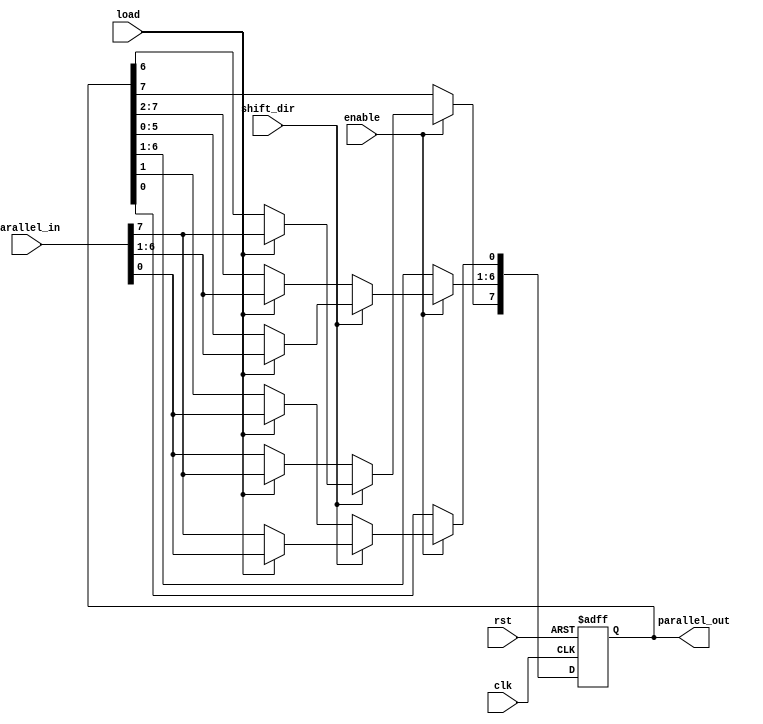
module UniversalShiftRegister (
    input clk,
    input rst,
    input shift_dir, // 0: shift right, 1: shift left
    input [7:0] parallel_in,
    input enable,
    input load,
    output reg [7:0] parallel_out
);

reg [7:0] data_reg;

always @(posedge clk or posedge rst) begin
    if (rst) begin
        data_reg <= 8'b0;
    end else begin
        if (enable) begin
            if (shift_dir == 1) begin
                if (load) begin
                    data_reg <= parallel_in;
                end else begin
                    data_reg <= data_reg << 1;
                    data_reg[0] <= parallel_in[7];
                end
            end else begin
                if (load) begin
                    data_reg <= parallel_in;
                end else begin
                    data_reg <= data_reg >> 1;
                    data_reg[7] <= parallel_in[0];
                end
            end
        end
    end
end

assign parallel_out = data_reg;

endmodule